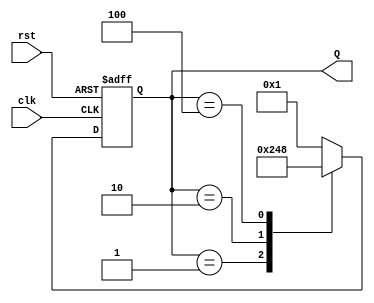
module ring_counter (
    input wire clk,       // Clock input
    input wire rst,       // Asynchronous reset input
    output reg [3:0] Q    // 4-bit output representing the current state
);

// State representation
parameter STATE_0 = 4'b0001;
parameter STATE_1 = 4'b0010;
parameter STATE_2 = 4'b0100;
parameter STATE_3 = 4'b1000;

// Sequential logic: state transition on clock edge
always @(posedge clk or posedge rst) begin
    if (rst) begin
        // Reset to initial state (STATE_0)
        Q <= STATE_0;
    end else begin
        // State transition: shift left and wrap around
        case (Q)
            STATE_0: Q <= STATE_1; // From 0001 to 0010
            STATE_1: Q <= STATE_2; // From 0010 to 0100
            STATE_2: Q <= STATE_3; // From 0100 to 1000
            STATE_3: Q <= STATE_0; // From 1000 back to 0001
            default: Q <= STATE_0; // Default state (should not occur)
        endcase
    end
end

endmodule